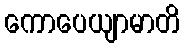
ကောပေယျာမာတိ